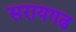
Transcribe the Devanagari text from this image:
सरायगढ